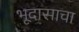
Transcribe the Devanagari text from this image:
भूदासाचा